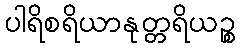
ပါရိစရိယာနုတ္တရိယဉ္စ